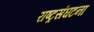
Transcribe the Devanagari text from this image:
राष्ट्रसंघटना